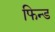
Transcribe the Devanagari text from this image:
फिन्ड